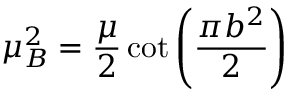
\mu _ { B } ^ { 2 } = \frac \mu 2 \cot \left( \frac { \pi b ^ { 2 } } 2 \right)